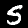
Digit: 5